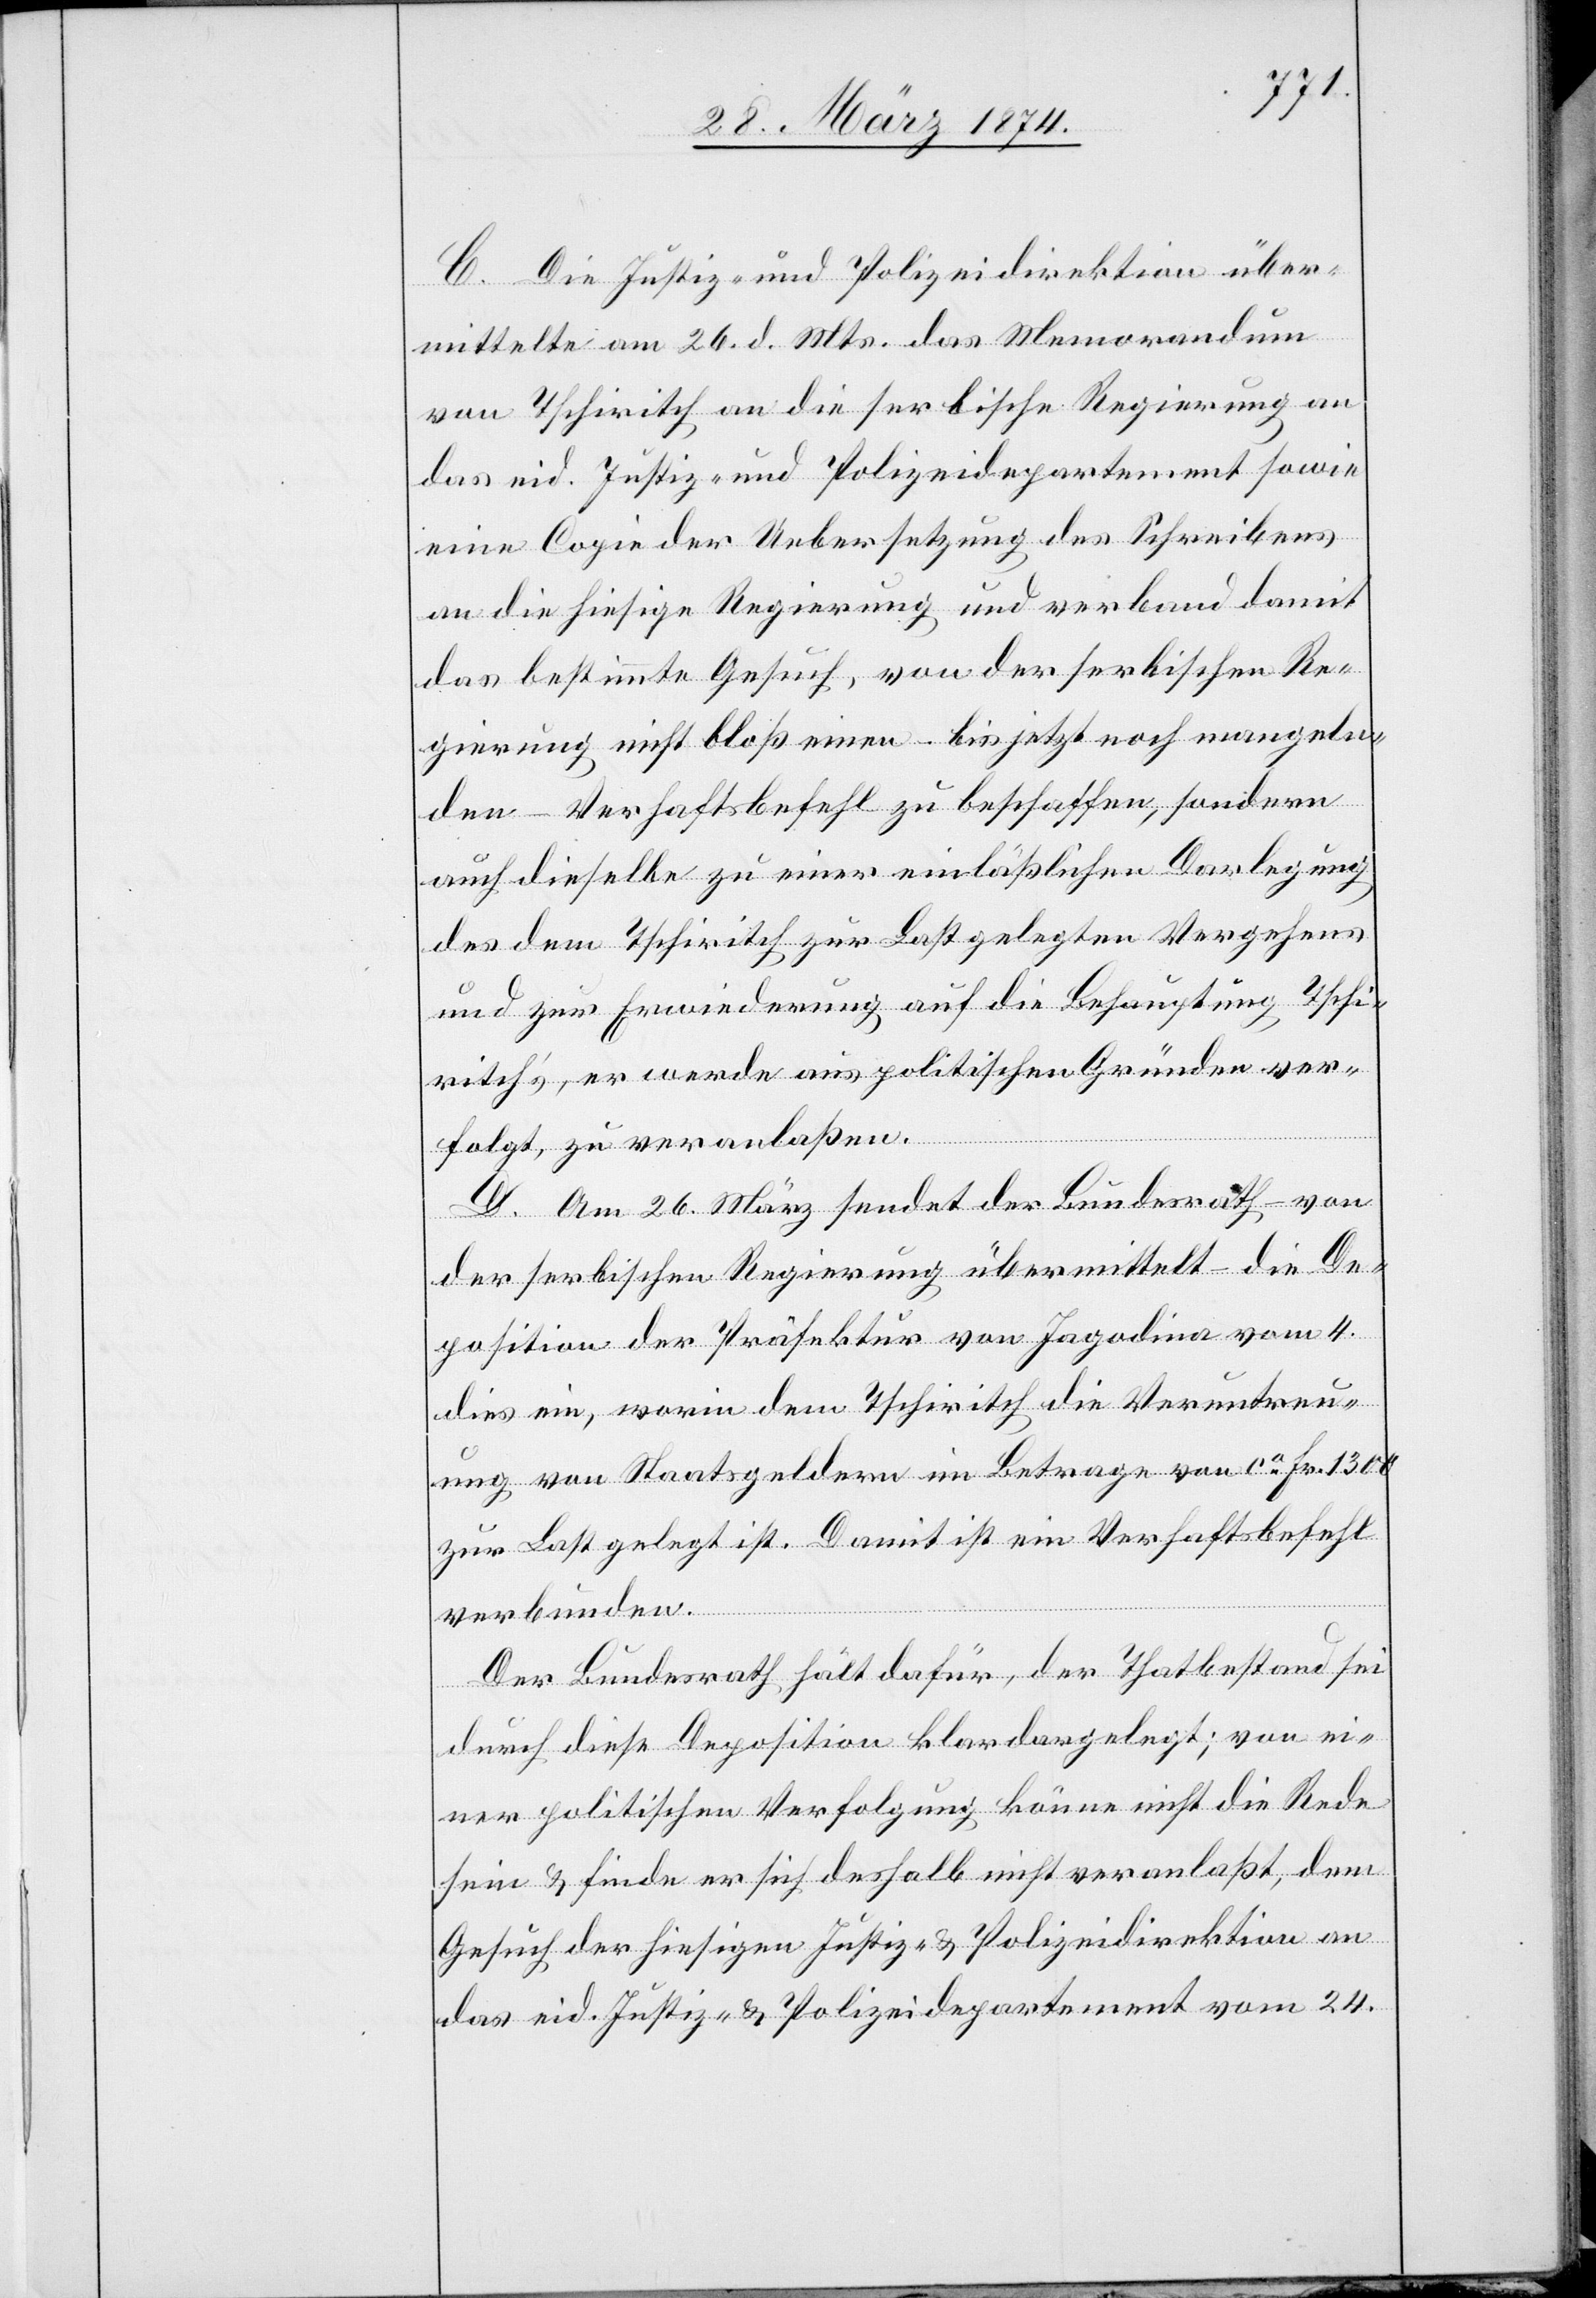
C. Die Justiz- und Polizeidirektion über¬
mittelte am 26. d. Mts. das Memorandum
von Tschiritch an die serbische Regierung an
das eid. Justiz- und Polizeidepartement sowie
eine Copie der Uebersetzung des Schreibens
an die hiesige Regierung und verband damit
das bestimmte Gesuch, von der serbischen Re¬
gierung nicht bloß einen – bis jetzt noch mangeln¬
den – Verhaftsbefehl zu beschaffen, sondern
auch dieselbe zu einer einläßlichen Darlegung
des dem Tschiritch zur Last gelegten Vergehens
und zur Erwiederung auf die Behauptung Tschi¬
ritch’s, er werde aus politischen Gründen ver¬
folgt, zu veranlaßen.
D. Am 26. März sendet der Bundesrath – von
der serbischen Regierung übermittelt – die De¬
position der Präfektur von Jagodina vom 4.
dies ein, worin dem Tschiritch die Veruntreu¬
ung von Staatsgeldern im Betrage von ca Fr. 1300
zur Last gelegt ist. Damit ist ein Verhaftsbefehl
verbunden.
Der Bundesrath hält dafür, der Thatbestand sei
durch diese Deposition klar dargelegt; von ei¬
ner politischen Verfolgung könne nicht die Rede
sein u. finde er sich deshalb nicht veranlaßt, dem
Gesuch der hiesigen Justiz- u. Polizeidirektion an
das eid. Justiz- u. Polizeidepartement vom 24.